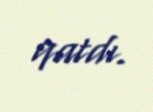
qatdı.